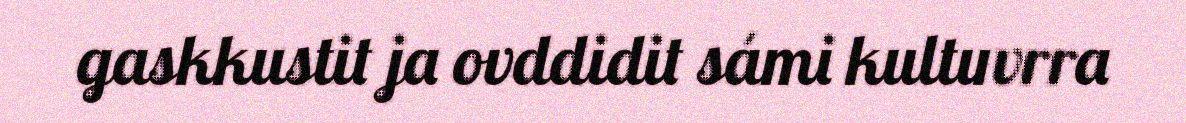
gaskkustit ja ovddidit sámi kultuvrra